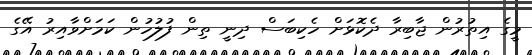
މީގެ އިތުރުން ޖާބިރާ ދެކޮޅަށް ހެކިބަސް ދިނީ ތިން ފުލުހުން ކަމަށްވާއިރު އޭގެ